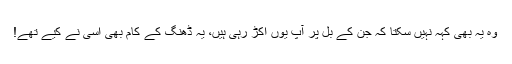
وہ یہ بھی کہہ نہیں سکتا کہ جن کے بل پر آپ یوں اکڑ رہی ہیں، یہ ڈھنگ کے کام بھی اسی نے کیے تھے!